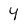
Character: 4